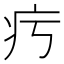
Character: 㽲